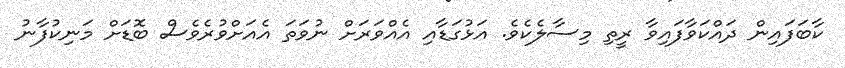
ކާބަފައިން ދައްކަވާފައިވާ ރީތި މިސާލެކެވެ. އަޅުގަޑާއި އެއްވަރަށް ނުވަތަ އެއަށްވުރެވެސް ބޮޑަށް މަނިކުފާނު